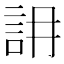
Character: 䛁